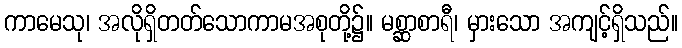
ကာမေသု၊ အလိုရှိတတ်သောကာမအစုတို့၌။ မစ္ဆာစာရီ၊ မှားသော အကျင့်ရှိသည်။